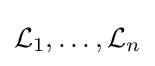
{\mathcal {L}}_{1},\ldots ,{\mathcal {L}}_{n}